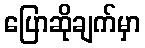
ပြောဆိုချက်မှာ